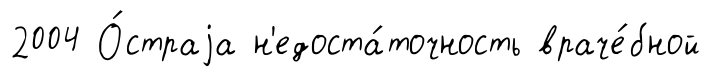
2004 О́страjа н'едоста́точность враче́бной